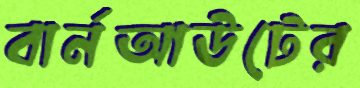
বার্নআউটের